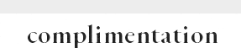
complimentation